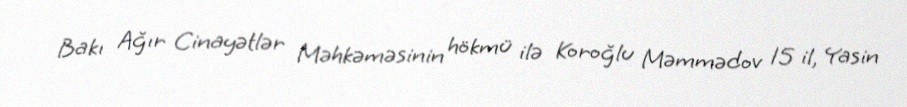
Bakı Ağır Cinayətlər Məhkəməsinin hökmü ilə Koroğlu Məmmədov 15 il, Yasin